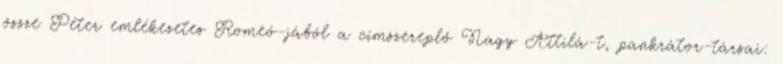
össze Péter emlékezetes Romeó-jából a címszereplő Nagy Attilá-t, pankrátor-társai: